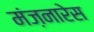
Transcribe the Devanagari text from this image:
मंज़नारेस